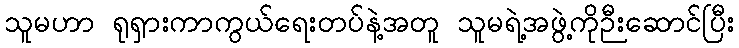
သူမဟာ ရုရှားကာကွယ်ရေးတပ်နဲ့အတူ သူမရဲ့အဖွဲ့ကိုဉီးဆောင်ပြီး